King Institute of Preventive Medicine Micro-Biological Section reports 1909-11
Year: 1909
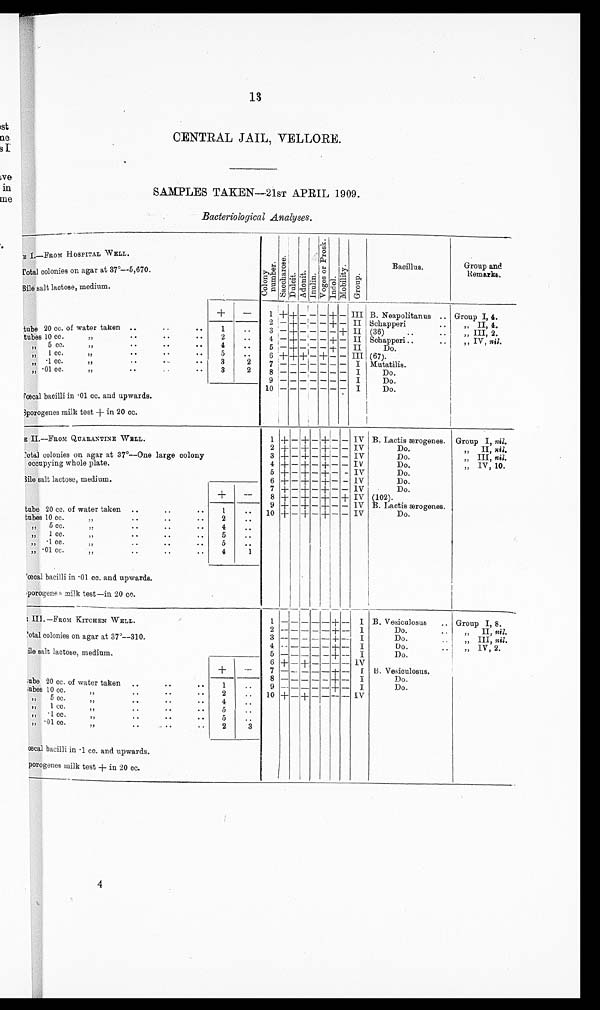
13
CENTRAL JAIL, VELLORE.
SAMPLES TAKEN—21ST APRIL 1909.
Bacteriological Analyses.
E I .—FROM HOSPITAL WELL.
C o l o n y n u m b e r .
S a c c h a r o s e . D u l c i t .
Adoni t . I nul i n.
V o g e s o r P r o s k .
I n d o l .
Mobility.
Gr oup.
Bacillus.
Group and
Remarks.
total colonies on agar at 37º—5,670.
Bile salt lactose, medium.
+
—
1 ++
+ — — — + +
— III B. Neapolitanus .. Group I, 4.
2
— + — –
– + — II Schapperi ..
„ II, 4.
tube 20 cc. of water taken ..
.. ..
1
..
3 — + — — — —
+
I I
(36)..
. .
„III, 2.
tubes 10 cc.
..
. .
2
. .
4 — + — — — + — II Schapperi..
..
„ IV, nil.
„
5 cc.
,, ..
..
. .
4
. .
5 —
+ — — — + — III
Do.
, , 1 c c . . . . . . .
5
. .
6 + + + — + — —
I I I (67).
, , ·1
c c .
. .
. .
3
2 7
— — — —
— — —
I
Mutatilis.
,, · 01 cc.
.
. . . . . . .
3
2 8
— — — —
— – §
I
Do.
9
— — — —
— — —
I
Do.
10 — — — —
— — –
I
Do.
Fœcal bacilli in .01 cc. and upwards.
I
Sporogenes milk test + in 20 cc.
Table II.—FROM QUARANTINE WELL.
1
+ — +
— + — — IV B. Lactis ærogenes. Group I, nil.
2 + — + —
+ — — IV
Do.
II, nil.
total colonies on agar at 37°—One large colony
3 + — + — + — — IV
Do.
„
„ III, nil.
occupying whole plate.
4 + — + — + — — IV
Do.
„ IV, 10.
5 + — + —
+ — - IV
Do.
Bile salt lactose, medium.
6 + — + — + — — IV
Do.
+
—
7
+ — + — + — — IV
Do.
8 + — + —
+ — — IV (102).
9 + — + — + — — IV B. Lactis ærogenes.
tube 20 cc. of water taken ..
..
..
1
. .
1 0
+ — + — + — — IV
Do.
tubes 10 cc.
,,
..
..
2
. .
„
5 cc.
,,
..
..
4
..
, , 1
c c .
. .
. .
„
7,
· 1 cc.
:,
..
.
5
..
„ .01
cc...
,
,
..
4
1
Fœcal bacilli in .01 cc. and upwards.
Sporogeneg milk test—in 20 cc.
TABLE III. — FROM KITCHEN WELL.
1 — — — —
— +
— I B. Vesiculosus
.. Group I, 8.
2
– — — — — +—
— I
Do.
..
„
II, nil.
total colonies on agar at 37°—310.
3
— — —
— — +
— I
Do.
„ III, nil.
4
—
— — — – + —
I
Do.
..
„ IV, 2.
Bile salt lactose, medium.
5 — — — — — +
– I
Do.
6 +
– + – – –
– IV
+
–
7 — – — — — + — I B. Vesiculosus.
8
– – — — — +
I
Do.
;ube 20 cc. of water taken ..
..
..
1
..
9
— — — — — +
— I
Do.
tubes 10 cc.
.
,,
. .
..
2
..
10 + —
+ — — — — IV
,, 5 cc. ,, .
..
. .
. .
4
. .
,, ·1cc.
5
..
, , 0 1 c c . , , . . . . . .
5
..
„ .01 cc... ,,
..
2
3
Fœcal bacilli in .1 cc. and upwards.
sporogenes milk test + in 20 cc.